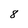
Character: 8